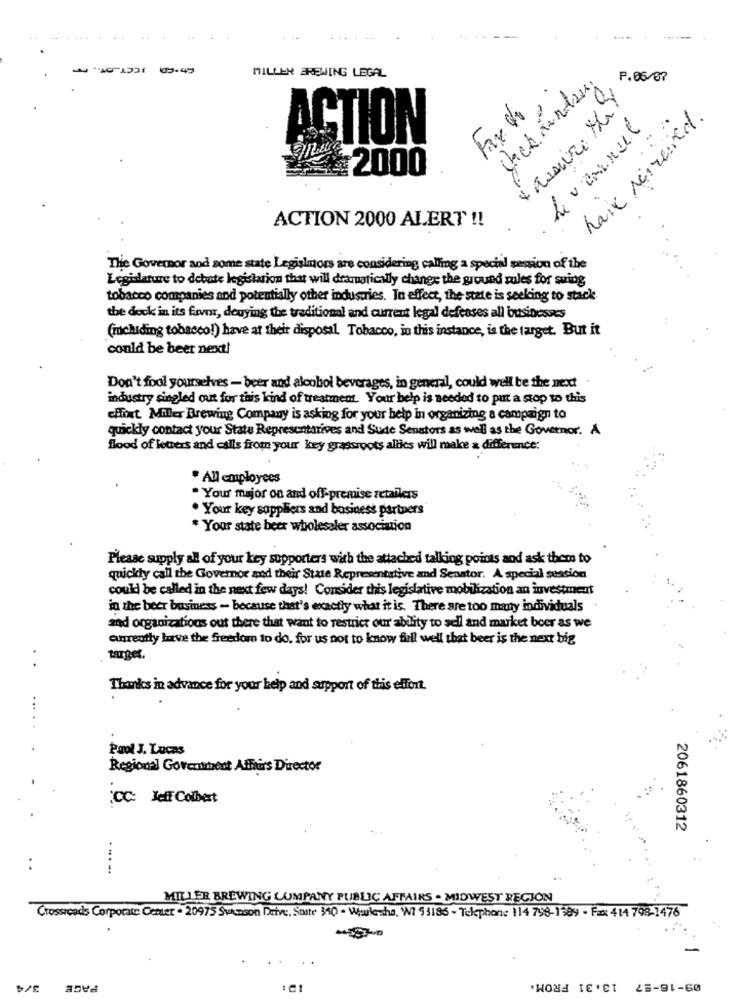
MILLEN BREWING LEGAL
P.06/07
Fax de
have received.
Levarnul
ACTION
2000
ACTION 2000 ALERT !!
The Governor and some state Legislators are considering calling a special session of the
Legislature to debate legislation that will dramatically change the ground rules for sving
tobacco companies and potentially other industries. In effect, the state is seeking to stack
the dock in its favor, denying the traditional and current legal defenses all businesses
(mchiding tobacco!) have at their disposal. Tobacco, in this instance, is the target. But it
conld be beer next!
Don't fool yourselves - beer and alcohol beverages, in general, could well be the next
industry singled out for this kind of treatment. Your help is needed to put a stop to this
cHfort. Miller Brewing Company is asking for your help in organizing a campaign to
quickly contact your State Representatives and Sude Senators as well as the Governor. A
flood of leters and calls from your key grassroots altics will make a difference:
* All employees
· Your major on and off-premise retailers
. Your key suppliers and business partners
* Your state beer wholesaler association
Please supply all of your key supporters with the attached talking points and ask them to
quickly call the Governor and their State Representative and Senator. A special session
could be called in the next few days! Consider this legislative mobilization an investment
in the beer business - because that's exactly what it is. There are too many individuals
and organizations out there that want to restrict our ability to sell and market boer as we
..
eugreatly have the freedom to do. for us not to know firll well that beer is the next big
target.
...
Thanks in advance for your help and support of this effort.
Pool J. Lucas
Regional Goverment Affairs Director
CC: Jeff Colbert
2061860312
MILLER BREWING COMPANY PUBLIC AFFAIRS . MIDWEST REGION
Crossroads Corporate Center . 20975 Swenson Drive, Suite 340 - Waukesha, W1 95186 - Telephone 114 798-1989 - Fax: 414 798-1476
PAGE
09-16-57 13.31 FROM.
:01